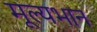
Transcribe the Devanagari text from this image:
मूल्यभान